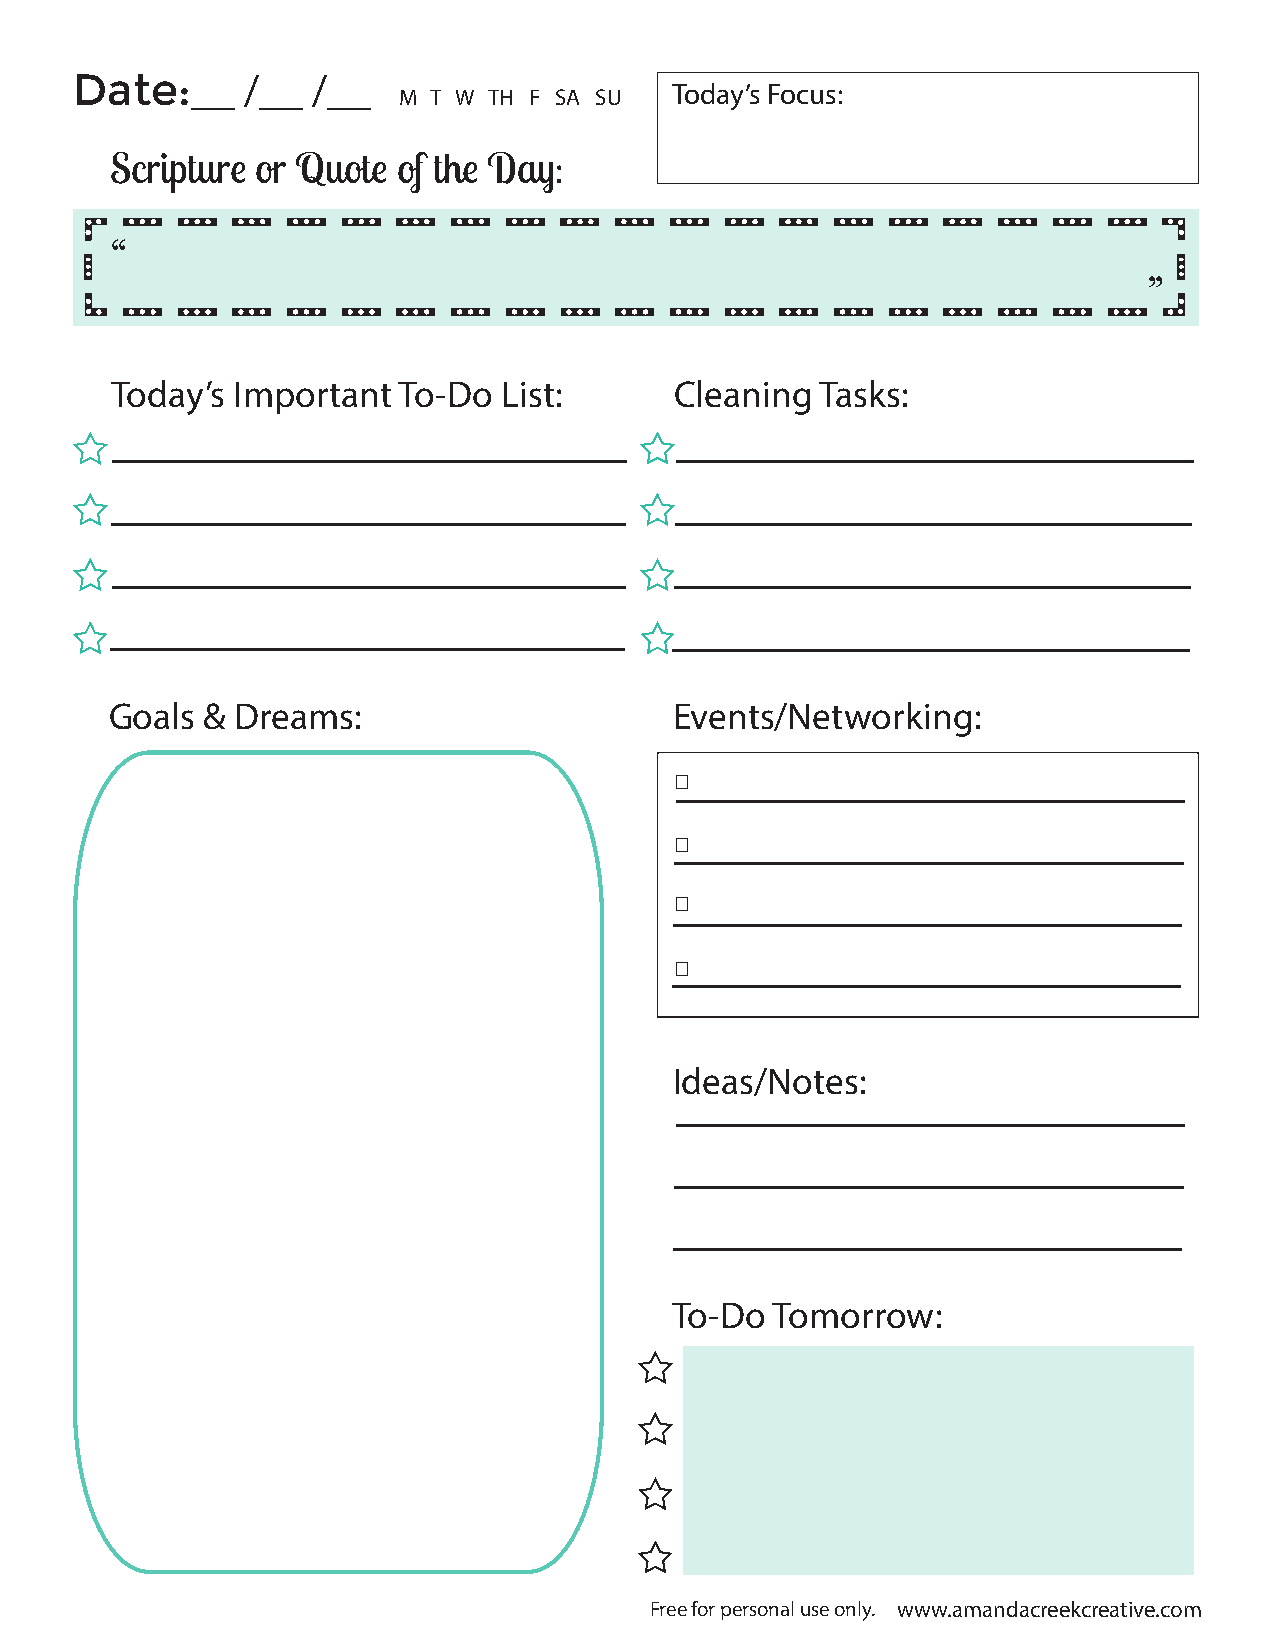
Date:__    /__  /__
 M  T W TH F SA SU  Today’s Focus:
 Scripture or Quote of the Day:
 “
 ”
 Today’s Important  To-Do  List:       Cleaning Tasks:
 _______                               _______
 _______                               _______
 _______                               _______
 _______                               _______
 Goals &  Dreams:                      Events/Networking:
 _______
 _______
 _______
 _______
 Ideas/Notes:
 _______
 _______
 _______
 To-Do Tomorrow:
 Free for personal use only. www.amandacreekcreative.com